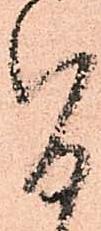
旨